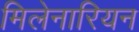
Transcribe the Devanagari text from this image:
मिलेनारियन